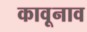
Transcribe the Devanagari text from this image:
कावूनाव